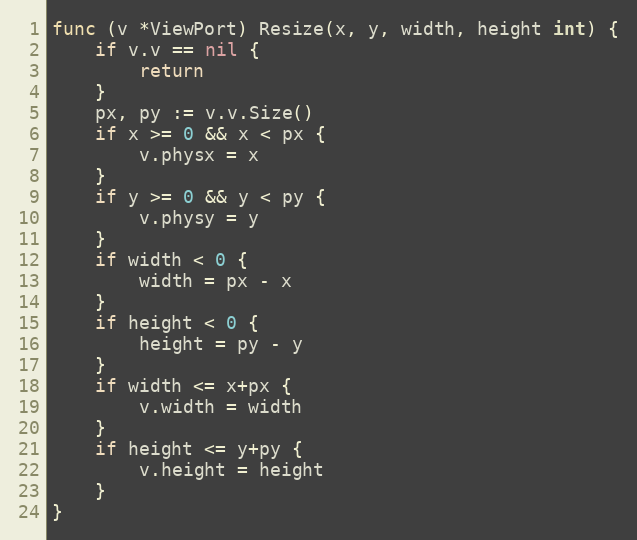
Language: Go
func (v *ViewPort) Resize(x, y, width, height int) {
	if v.v == nil {
		return
	}
	px, py := v.v.Size()
	if x >= 0 && x < px {
		v.physx = x
	}
	if y >= 0 && y < py {
		v.physy = y
	}
	if width < 0 {
		width = px - x
	}
	if height < 0 {
		height = py - y
	}
	if width <= x+px {
		v.width = width
	}
	if height <= y+py {
		v.height = height
	}
}